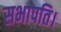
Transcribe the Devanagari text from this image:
सभापति।